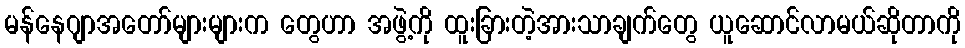
မန်နေဂျာအတော်များများက တွေဟာ အဖွဲ့ကို ထူးခြားတဲ့အားသာချက်တွေ ယူဆောင်လာမယ်ဆိုတာကို